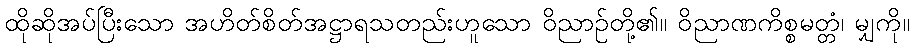
ထိုဆိုအပ်ပြီးသော အဟိတ်စိတ်အဋ္ဌာရသတည်းဟူသော ဝိညာဉ်တို့၏။ ဝိညာဏကိစ္စမတ္တံ၊ မျှကို။